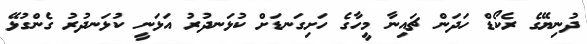
ދުނިޔޭގެ ރެކޯޑް ހަދަން ޗައިނާ މީހާގެ ހަށިގަނޑަށް ކުޅަނދުރު އަޅަނީ ކުޅަނދުުރު ގެންގުޅޭ